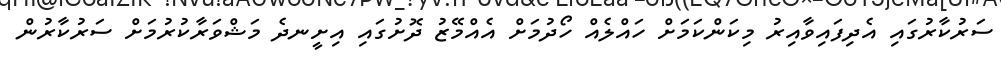
ސަރުކާރުގައި އެދިފައިވާއިރު މިކަންކަމަށް ހައްލެއް ހޯދުމަށް އެއްމޭޒު ދޮށުގައި އިށީނދެ މަޝްވަރާކުރުމަށް ސަރުކާރުން